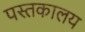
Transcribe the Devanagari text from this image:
पस्तकालय